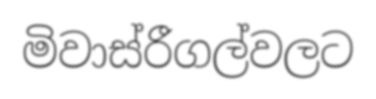
මිවාස්රීගල්වලට